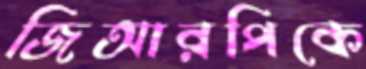
জিআরপিকে